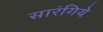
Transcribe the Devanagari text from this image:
सारंगिये